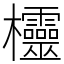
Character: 欞